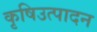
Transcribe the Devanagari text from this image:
कृषिउत्पादन